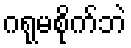
ဂရုမစိုက်ဘဲ